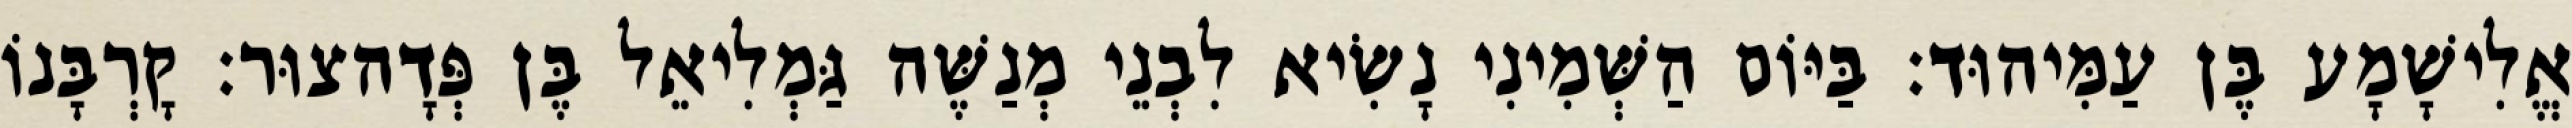
אֱלִישָׁמָע בֶּן עַמִּיהוּד׃ בַּיּוֹם הַשְּׁמִינִי נָשִׂיא לִבְנֵי מְנַשֶּׁה גַּמְלִיאֵל בֶּן פְּדָהצוּר׃ קָרְבָּנוֹ